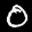
Label: 0